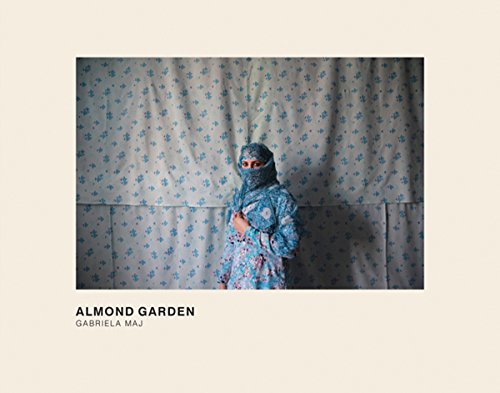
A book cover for Gabriela Maj: Almond Garden: Portraits from the Women's Prisons in Afghanistan; Travel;